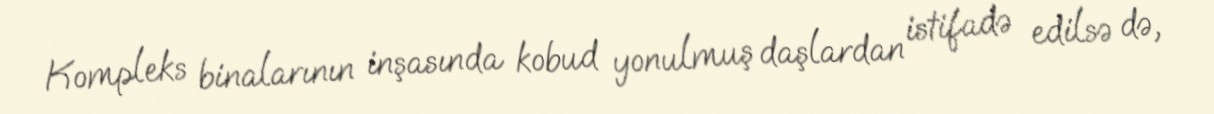
Kompleks binalarının inşasında kobud yonulmuş daşlardan istifadə edilsə də,